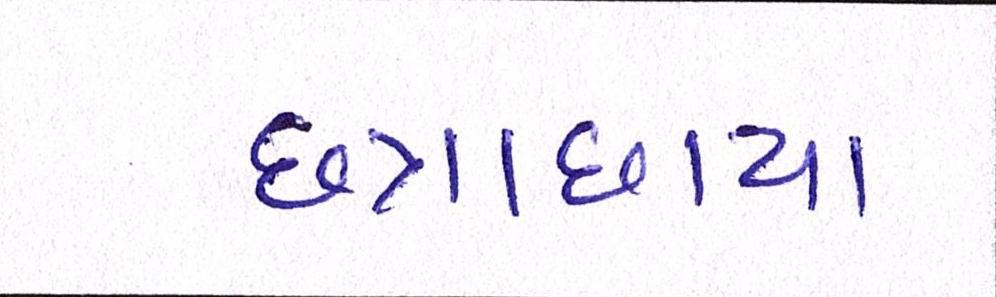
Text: છત્રાછાયા